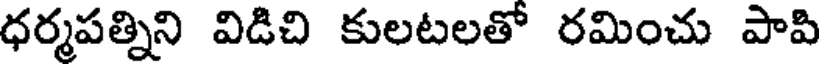
ధర్మపత్నిని విడిచి కులటలతో రమించు పాపి